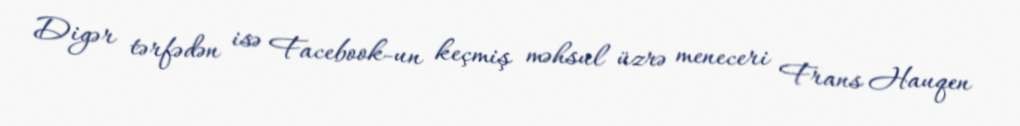
Digər tərfədən isə Facebook-un keçmiş məhsul üzrə meneceri Frans Hauqen